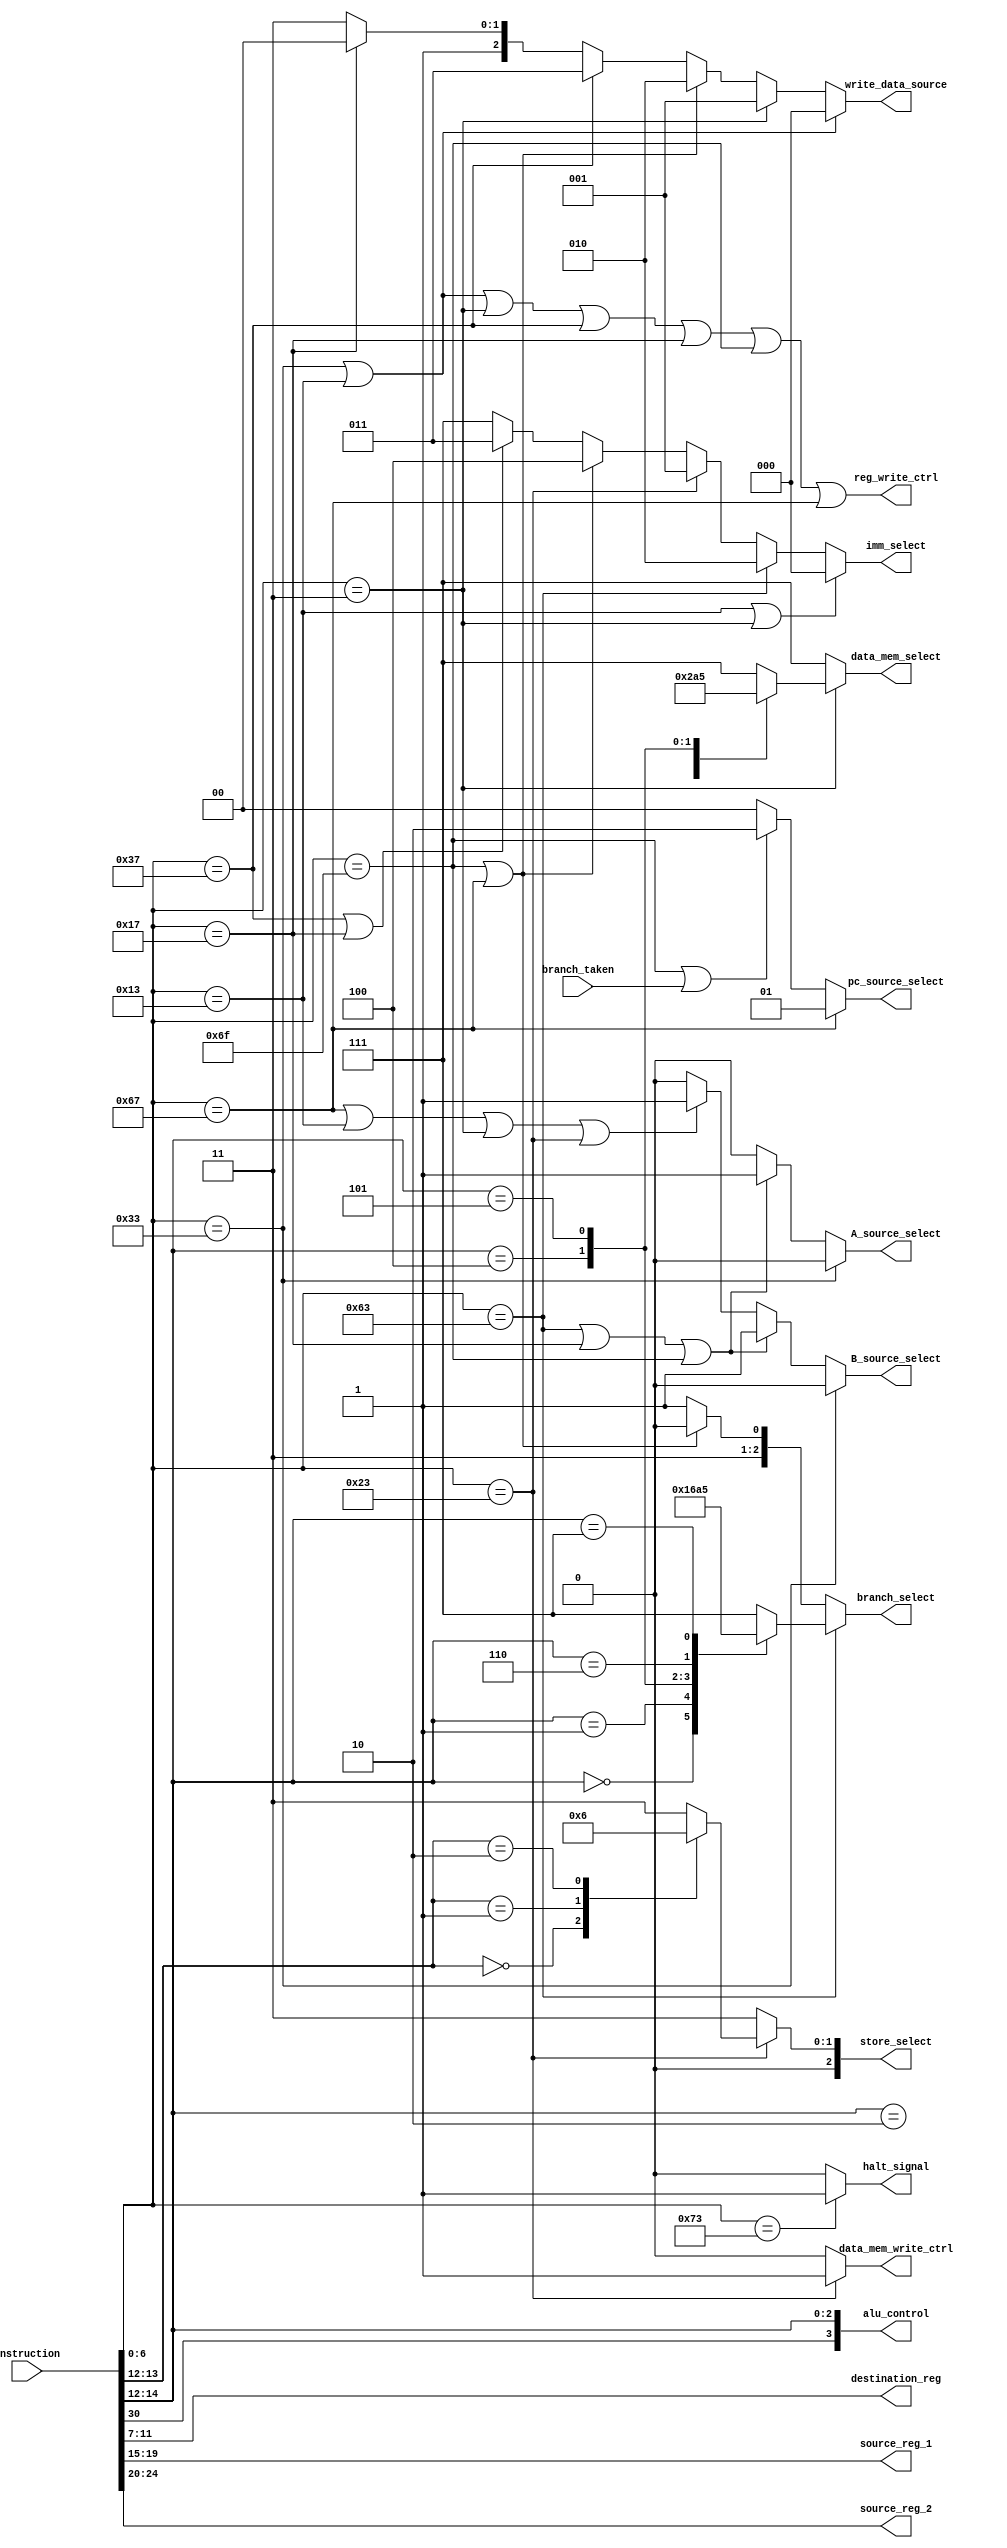
module control_unit(
    input [31:0] instruction,      // Input instruction
    input branch_taken,            // Signal indicating a branch is taken
    output [3:0] alu_control,      // ALU control signals
    output reg [2:0] store_select, // Store select signals
    output reg [2:0] data_mem_select, // Data memory select signals
    output reg [2:0] imm_select,   // Immediate select signals
    output reg [2:0] branch_select, // Branch select signals
    output  reg_write_ctrl,     // Register write control
    output reg data_mem_write_ctrl,// Data memory write control
    output reg [2:0] write_data_source, // Write data source select
    output reg A_source_select,   // A source select
    output reg B_source_select,   // B source select
    output reg [1:0] pc_source_select, // PC source select
    output [4:0] destination_reg,  // Destination register address
    output [4:0] source_reg_1,     // Source register 1 address
    output [4:0] source_reg_2,     // Source register 2 address
    output reg halt_signal        // Halt signal
);

    wire [6:0] funct7;
    wire [6:0] opcode;
    wire [2:0] funct3;
    
    // Extract opcode, funct7, source_reg_2, source_reg_1, funct3, and destination_reg from the instruction
    assign opcode = instruction[6:0];
    assign funct7 = instruction[31:25];
    assign source_reg_2 = instruction[24:20];
    assign source_reg_1 = instruction[19:15];
    assign funct3 = instruction[14:12];
    assign destination_reg = instruction[11:7];
    
    wire is_alu_reg, is_alu_imm, is_branch, is_jalr, is_jal, is_auipc, is_lui, is_load, is_store, is_system;
    
    // Instruction decode based on opcode
    assign is_alu_reg = (opcode == 7'b0110011); // rd <- rs1 OP rs2
    assign is_alu_imm = (opcode == 7'b0010011); // rd <- rs1 OP Iimm
    assign is_branch = (opcode == 7'b1100011); // if (rs1 OP rs2) PC <- PC + Bimm
    assign is_jalr   = (opcode == 7'b1100111);   // rd <- PC + 4; PC <- rs1 + Iimm
    assign is_jal    = (opcode == 7'b1101111);    // rd <- PC + 4; PC <- PC + Jimm
    assign is_auipc  = (opcode == 7'b0010111);  // rd <- PC + Uimm
    assign is_lui    = (opcode == 7'b0110111);    // rd <- Uimm
    assign is_load   = (opcode == 7'b0000011);   // rd <- mem[rs1 + Iimm]
    assign is_store  = (opcode == 7'b0100011);  // mem[rs1 + Simm] <- rs2
    assign is_system = (opcode == 7'b1110011); // special
    
    // Determine if a register write is needed
    assign reg_write_ctrl = is_alu_reg || is_alu_imm || is_load || is_lui || is_auipc || is_jal || is_jalr;
    // Select ALU operation based on ALU control signals
    assign alu_control = {funct7[5], funct3};
    
    // Branch select signals based on funct3
    always @(*) begin
        if (is_branch) begin
            case (funct3)
                3'b000: branch_select = 3'b000; // beq
                3'b001: branch_select = 3'b001; // bne
                3'b100: branch_select = 3'b011; // blt
                3'b101: branch_select = 3'b010; // bge
                3'b110: branch_select = 3'b100; // bltu
                3'b111: branch_select = 3'b101; // bgeu
                default: branch_select = 3'b111; 
            endcase
        end else if (is_jal || is_jalr) begin
            branch_select = 3'b110; // Jump instructions
        end else begin
            branch_select = 3'b111; // Default to not taken
        end
    end

    // Data memory select signals based on funct3 for load instructions
    always @(*) begin
        if (is_load) begin
            case (funct3)
                3'b000: data_mem_select = 3'b000; // lb
                3'b001: data_mem_select = 3'b001; // lh
                3'b010: data_mem_select = 3'b010; // lw
                3'b100: data_mem_select = 3'b100; // lbu
                3'b101: data_mem_select = 3'b101; // lhu
                default: data_mem_select = 3'b111; // Default to no data memory access
            endcase
        end else begin
            data_mem_select = 3'b111; // Default to no data memory access
        end
    end

    // Store select signals based on funct3 for store instructions
    always @(*) begin
        if (is_store) begin
            case (funct3[1:0])
                2'b00: store_select = 2'b00; // sb
                2'b01: store_select = 2'b01; // sh
                2'b10: store_select = 2'b10; // sw
                default: store_select = 2'b11; // Default to no data memory access
            endcase
        end else begin
            store_select = 2'b11; // Default to no data memory access
        end
    end

    // Immediate select signals based on instruction type
    always @(*) begin
        if (is_alu_imm || is_load) begin
            imm_select = 3'b000; // I-type and load instructions
        end else if (is_branch) begin
            imm_select = 3'b010; // B-type instructions
        end else if (is_store) begin
            imm_select = 3'b001; // S-type instructions
        end else if (is_jal || is_jalr) begin
            imm_select = 3'b100; // J-type instructions
        end else if (is_lui || is_auipc) begin
            imm_select = 3'b011; // U-type instructions
        end else begin
            imm_select = 3'b111; // Default to no immediate value
        end
    end

    // Data memory write control signal for store instructions
    always @(*) begin
        if (is_store) begin
            data_mem_write_ctrl = 1'b1;
        end else begin
            data_mem_write_ctrl = 1'b0;
        end
    end

    // A and B source select signals
    always @(*) begin
        if (is_alu_reg) begin
            A_source_select = 1'b0; // A source is source_reg_1
            B_source_select = 1'b0; // B source is source_reg_2
        end else if (is_branch || is_auipc || is_jal) begin
            A_source_select = 1'b1; // A source is PC
            B_source_select = 1'b1; // B source is immediate
        end else if (is_jalr || is_alu_imm || is_load || is_store) begin
            A_source_select = 1'b0; // A source is source_reg_1
            B_source_select = 1'b1; // B source is immediate
        end else begin
            A_source_select = 1'b0; // Default to source_reg_1 for A source
            B_source_select = 1'b0; // Default to source_reg_2 for B source
        end
    end

    // Write data source select signal
    always @(*) begin
        if (is_alu_reg || is_alu_imm) begin
            write_data_source = 2'b00; // ALU result
        end else if (is_load) begin
            write_data_source = 2'b01; // Load data
        end else if (is_jal || is_jalr) begin
            write_data_source = 2'b10; // PC + 4
        end else if (is_lui) begin
            write_data_source = 2'b11; // immediate
        end else if (is_auipc) begin
            write_data_source = 3'b100; // PC + U-type immediate
        end else begin
            write_data_source = 3'b111; // Default to no write data source
        end
    end

    // PC source select signal
    always @(*) begin
        if (is_jalr) begin
            pc_source_select = 2'b01;  // Load ALU result to PC
        end else if (is_jal || branch_taken) begin
            pc_source_select = 2'b10;  // Load PC + immediate to PC
        end else begin
            pc_source_select = 2'b00;  // PC = PC + 4
        end
    end

    // Halt signal
    always @(*) begin
        if (is_system) begin
            halt_signal = 1'b1;
        end else begin
            halt_signal = 1'b0;
        end
    end

endmodule